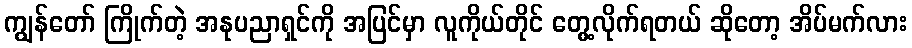
ကျွန်တော် ကြိုက်တဲ့ အနုပညာရှင်ကို အပြင်မှာ လူကိုယ်တိုင် တွေ့လိုက်ရတယ် ဆိုတော့ အိပ်မက်လား